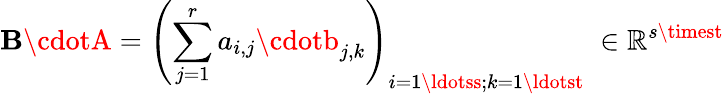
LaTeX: \mathbf{B}\cdotA=\left(\sum_{j=1}^{r}a_{i,j}\cdotb_{j,k}\right)_{i=1\ldotss;k=1\ldotst}\; \in\mathbb{{R}}^{s\timest}